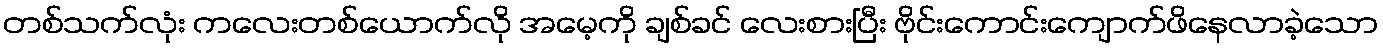
တစ်သက်လုံး ကလေးတစ်ယောက်လို အမေ့ကို ချစ်ခင် လေးစားပြီး ဗိုင်းကောင်းကျောက်ဖိနေလာခဲ့သော